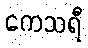
ကေသရီ